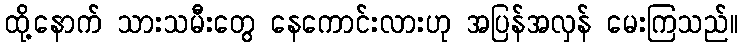
ထို့နောက် သားသမီးတွေ နေကောင်းလားဟု အပြန်အလှန် မေးကြသည်။